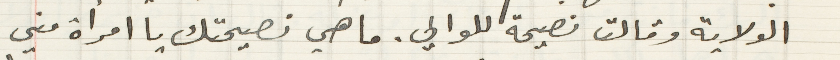
الولاية وقالت نصيحة للوالي. ما هي نصيحتك يا امرأة مني